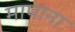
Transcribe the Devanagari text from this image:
मापाना